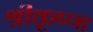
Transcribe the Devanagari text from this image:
श्रीकृष्णा